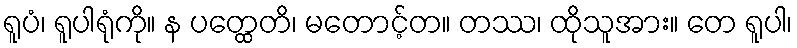
ရူပံ၊ ရူပါရုံကို။ န ပတ္ထေတိ၊ မတောင့်တ။ တဿ၊ ထိုသူအား။ တေ ရူပါ၊